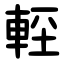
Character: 䡖